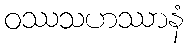
ဝဿသဟဿာနံ